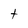
Character: t